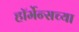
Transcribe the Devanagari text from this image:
हॉर्मेन्सच्या